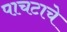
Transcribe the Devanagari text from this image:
पाचटाचे